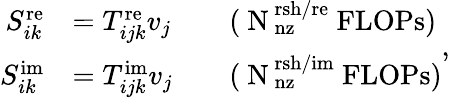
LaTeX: \begin{array}{rlrl}{S_{ik}^{\mathrm{re}}}&{=T_{ijk}^{\mathrm{re}}v_{j}}&&{\mathrm{(~N_\mathrm{~nz}^\mathrm{~rsh/re}~FLOPs)}}\\ {S_{ik}^{\mathrm{im}}}&{=T_{ijk}^{\mathrm{im}}v_{j}}&&{\mathrm{(~N_\mathrm{~nz}^\mathrm{~rsh/im}~FLOPs)}}\end{array},